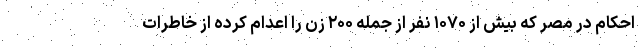
احکام در مصر که بیش از ۱۰۷۰ نفر از جمله ۲۰۰ زن را اعدام کرده از خاطرات